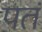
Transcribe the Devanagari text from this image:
पतं